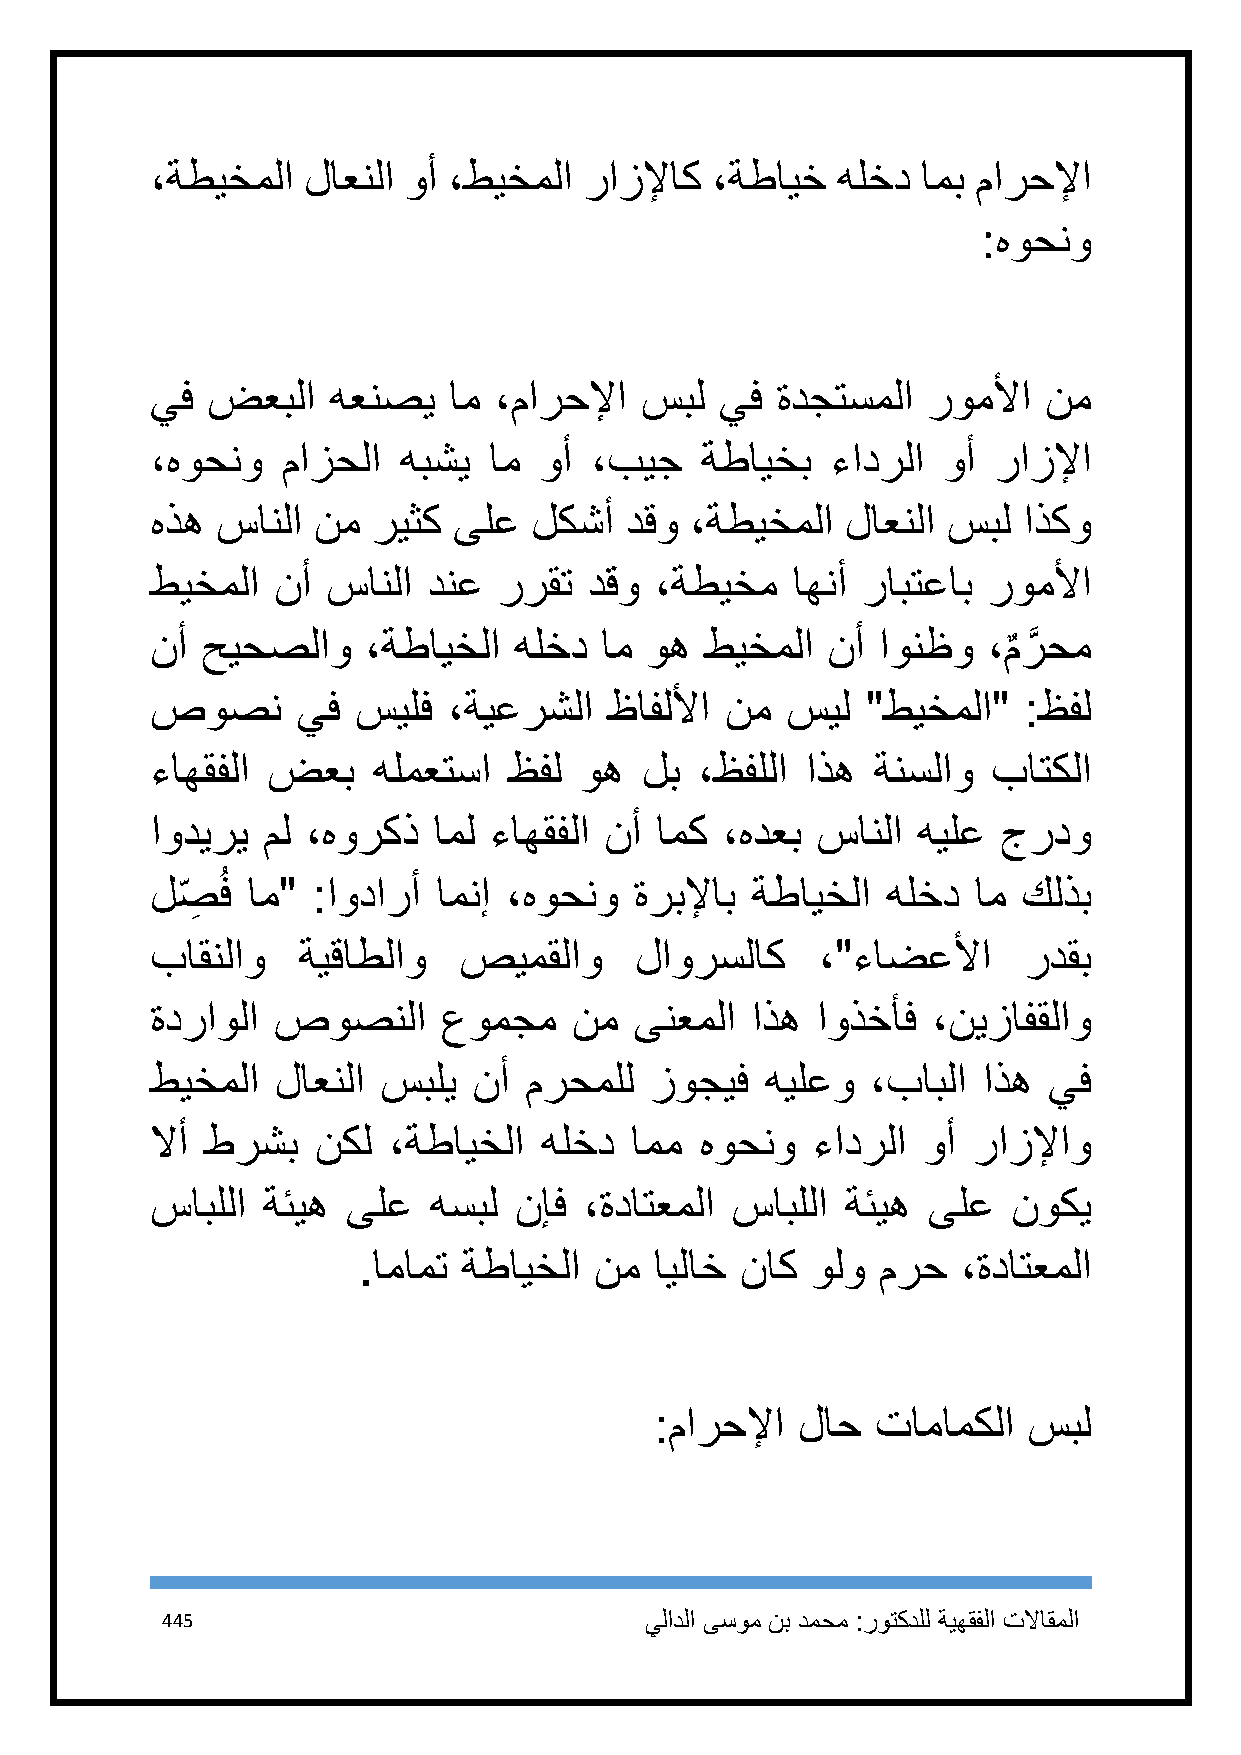
،ةطيخملا  لاعنلا وأ ،طيخملا  رازلإاك ،ةطايخ  هلخد  امب مارحلإا
 :هوحنو
 يف  ضعبلا   هعنصي   ام ،مارحلإا سبل   يف ةدجتسملا  روملأا  نم
 ،هوحنو   مازحلا هبشي  ام  وأ ،بيج   ةطايخب   ءادرلا وأ  رازلإا
 هذه سانلا  نم  ريثك ىلع  لكشأ  دقو  ،ةطيخملا  لاعنلا سبل  اذكو
 طيخملا  نأ  سانلا دنع  ررقت  دقو ،ةطيخم   اهنأ رابتعاب روملأا
 نأ حيحصلاو    ،ةطايخلا  هلخد  ام وه  طيخملا  نأ اونظو  ،م
 ٌ
 رَّ حم
 صوصن      يف  سيلف  ،ةيعرشلا  ظافللأا نم  سيل  "طيخملا"   :ظفل
 ءاهقفلا ضعب    هلمعتسا  ظفل وه  لب  ،ظفللا اذه  ةنسلاو  باتكلا
 اوديري مل ،هوركذ   امل ءاهقفلا نأ امك ،هدعب سانلا  هيلع جردو
 لص ِ ُف ام" :اودارأ امنإ ،هوحنو ةربلإاب ةطايخلا  هلخد ام  كلذب
 باقنلاو   ةيقاطلاو  صيمقلاو     لاورسلاك    ،"ءاضعلأا     ردقب
 ةدراولا صوصنلا     عومجم    نم  ىنعملا  اذه اوذخأف  ،نيزافقلاو
 طيخملا  لاعنلا سبلي  نأ  مرحملل  زوجيف   هيلعو  ،بابلا اذه يف
 لاأ طرشب   نكل  ،ةطايخلا  هلخد  امم هوحنو   ءادرلا وأ رازلإاو
 سابللا ةئيه  ىلع  هسبل  نإف  ،ةداتعملا سابللا ةئيه ىلع   نوكي
 .امامت ةطايخلا نم  ايلاخ ناك  ولو مرح   ،ةداتعملا
 :مارحلإا  لاح  تامامكلا  سبل
 445                             يلادلا ىسوم نب دمحم :روتكدلل ةيهقفلا تلااقملا